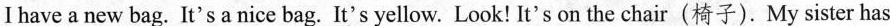
I have a new bag. It's a nice bag. It's yellow. Look! It's on the chair(椅子).My sister has